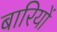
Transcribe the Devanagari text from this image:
बारियों